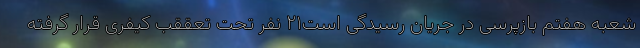
شعبه هفتم بازپرسی در جریان رسیدگی است۲۱ نفر تحت تعققب کیفری قرار گرفته